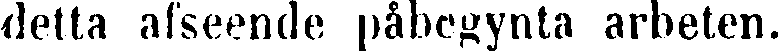
detta afseende påbegynta arbeten.